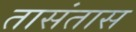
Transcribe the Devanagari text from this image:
तासंतास